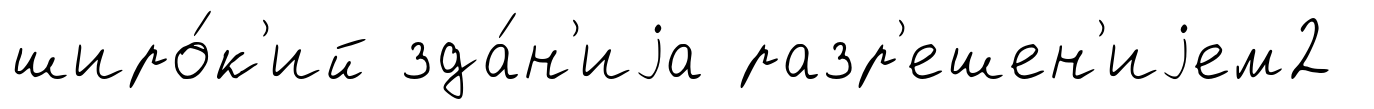
широ́к'ий зда́н'иjа разр'ешен'иjем2